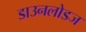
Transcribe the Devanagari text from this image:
डाउनलोडज